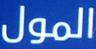
المول